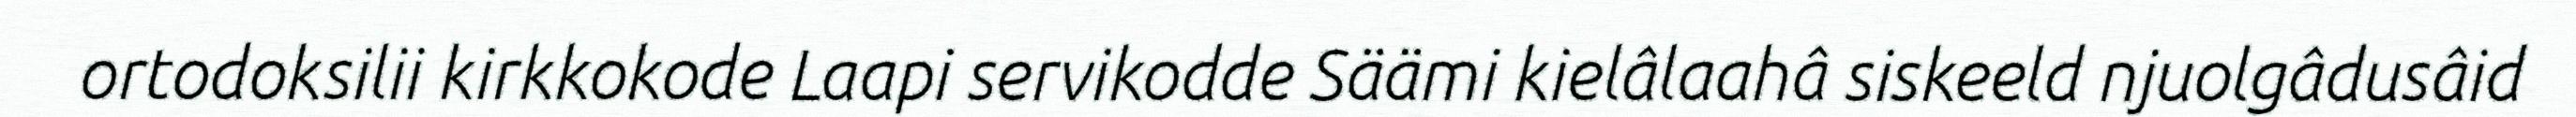
ortodoksilii kirkkokode Laapi servikodde Säämi kielâlaahâ siskeeld njuolgâdusâid